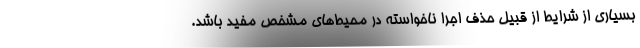
بسیاری از شرایط از قبیل حذف اجرا ناخواسته در محیط‌های مشخص مفید باشد.